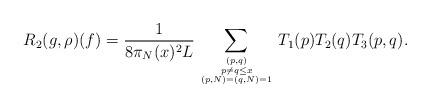
LaTeX: \begin{align*}R_2(g,\rho)(f) = \frac{1}{8 \pi_N(x)^2L}\sum_{(p,q) \atop {p \neq q \leq x \atop{(p,N) = (q,N) = 1}}} T_1(p)T_2(q)T_3(p,q).\end{align*}